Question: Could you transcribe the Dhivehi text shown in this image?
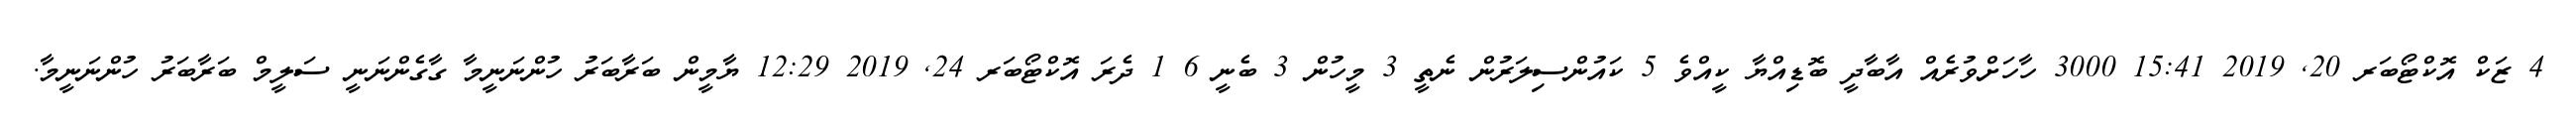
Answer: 4 ޒަކް އޮކްޓޯބަރ 20, 2019 15:41 3000 ހާހަށްވުރެއް އާބާދީ ބޮޑިއްޔާ ކީއްވެ 5 ކައުންސިލަރުން ނެތީ 3 މީހުން 3 ބެނީ 6 1 ދެރަ އޮކްޓޯބަރ 24, 2019 12:29 ޔާމީން ބަރާބަރު ހުންނަނީމާ ގާގެންނަނީ ސަލީމް ބަރާބަރު ހުންނަނީމާ.